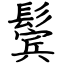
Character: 鬓